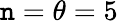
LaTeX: \mathtt{n}=\theta=5